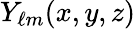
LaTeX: Y_{\ell m}(x,y,z)